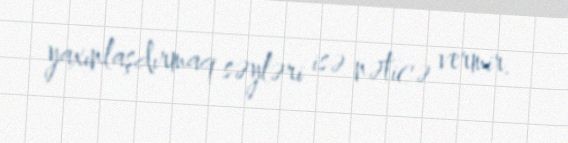
yaxınlaşdırmaq səyləri isə nəticə vermir.